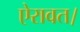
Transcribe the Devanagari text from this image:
ऐरावत।